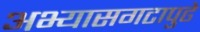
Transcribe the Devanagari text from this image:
अभ्यासगटापुढे